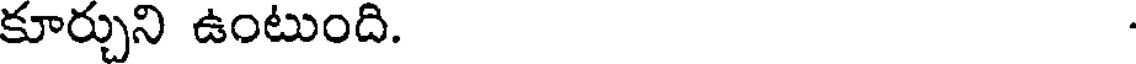
కూర్చుని ఉంటుంది.